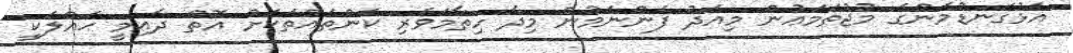
އަޅުގަނޑުމެންގެ މުޖުތަމަޢުން މިއަދު ފެންނަމުން މިދާ ހިތާމަވެރި ކަންތައްތަކަށް އޮތް ދާއިމީ ޙައްލަކީ